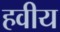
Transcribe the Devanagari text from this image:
हवीय